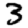
Digit: 3